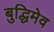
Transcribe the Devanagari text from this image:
बुद्धिमेव